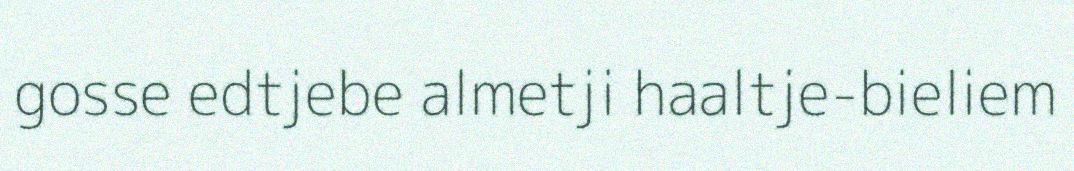
gosse edtjebe almetji haaltje-bieliem